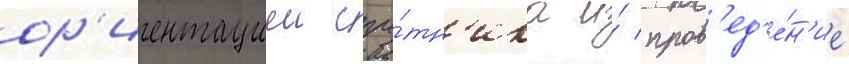
ор'иентациеи спу́тн'ика и́ пров'ед'е́н'ие